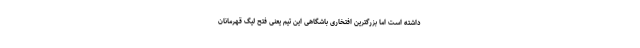
داشته است اما بزرگترین افتخاری باشگاهی این تیم یعنی فتح لیگ قهرمانان